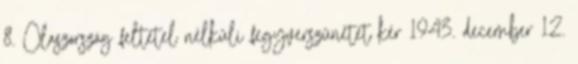
8. Olaszország feltétel nélküli fegyverszünetet kér 1943. december 12.